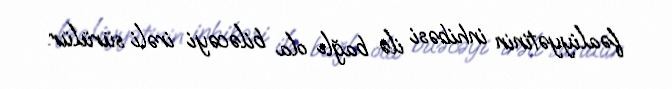
fəaliyyətinin inhibəsi ilə bağlı ola biləcəyi irəli sürülür.